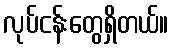
လုပ်ငန်းတွေရှိတယ်။